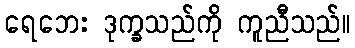
ရေဘေး ဒုက္ခသည်ကို ကူညီသည်။